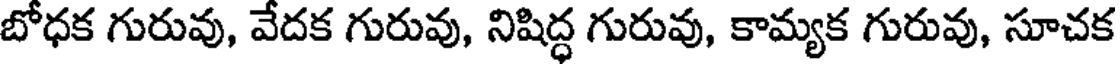
బోధక గురువు, వేదక గురువు, నిషిద్ధ గురువు, కామ్యక గురువు, సూచక